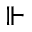
\Vdash